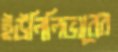
ইউনিলিভারের